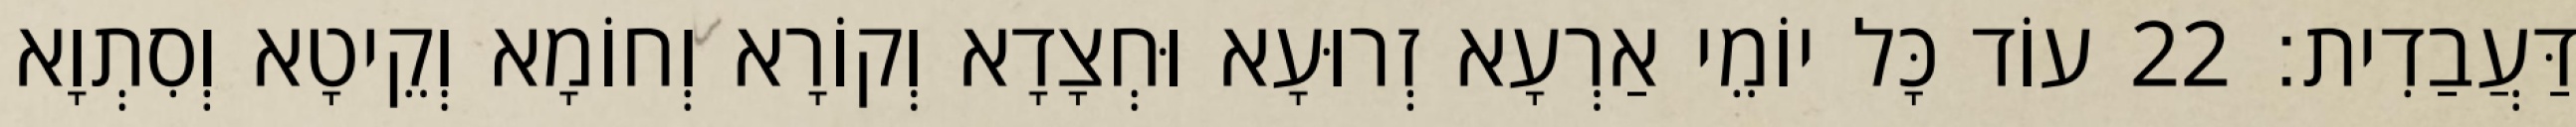
דַּעֲבַדִית׃ 22 עוֹד כָּל יוֹמֵי אַרְעָא זְרוּעָא וּחְצָדָא וְקוֹרָא וְחוֹמָא וְקֵיטָא וְסִתְוָא